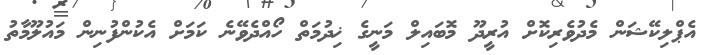
އެޕްލިކޭޝަން މެދުވެރިކޮށް އުރީދޫ މޮބައިލް މަނީގެ ޚިދުމަތް ހޯއްދެވޭނެ ކަމަށް އެކުންފުނިން މައުލޫމާތު